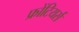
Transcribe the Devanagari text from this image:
फ्रोंटियर्स